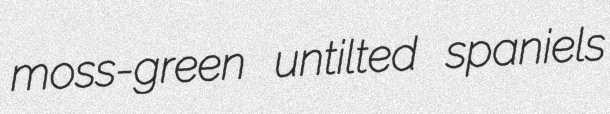
moss-green untilted spaniels